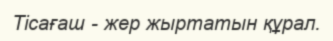
Тісағаш - жер жыртатын құрал.